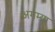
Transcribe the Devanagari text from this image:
अगम्या